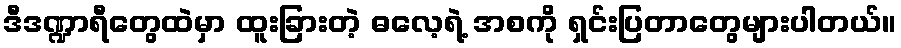
ဒီဒဏ္ဍာရီတွေထဲမှာ ထူးခြားတဲ့ ဓလေ့ရဲ့ အစကို ရှင်းပြတာတွေများပါတယ်။